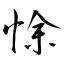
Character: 悇